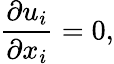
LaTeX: \frac{\partial u_{i}}{\partial x_{i}}=0,